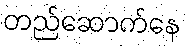
တည်ဆောက်နေ